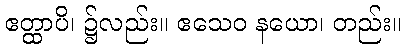
ဧတ္ထာပိ၊ ၌လည်း။ ဧသေဝ နယော၊ တည်း။